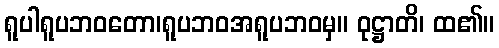
ရူပါရူပဘဝတော၊ရူပဘဝအရူပဘဝမှ။ ဝုဋ္ဌာတိ၊ ထ၏။